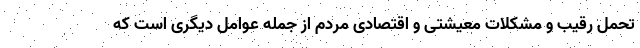
تحمل رقیب و مشکلات معیشتی و اقتصادی مردم از جمله عوامل دیگری است که